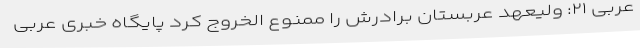
عربی ۲۱: ولیعهد عربستان برادرش را ممنوع الخروج کرد پایگاه خبری عربی